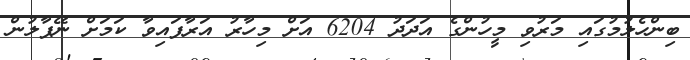
ބިންހެލުމުގައި މަރުވި މީހުންގެ އަދަދު 6204 އަށް މިހާރު އަރާފައިވާ ކަމަށް ނޭޕާލުން